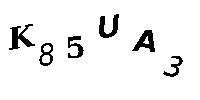
K85UA3